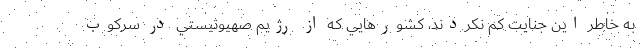
به خاطر اين جنايت كم نكردند، كشورهايي كه از رژيم صهيونيستي در سركوب